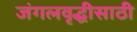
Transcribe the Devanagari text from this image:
जंगलवृद्धीसाठी